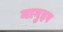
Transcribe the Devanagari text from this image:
मागुइर